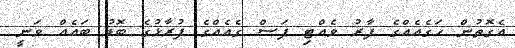
އެގޮތުން ހަގެއެއްގެ ފާރު ވެއްޓި ފަސް ގެއެއްގެ ފުރާޅުގެ ބޮޑު ބައެއް ވަނީ